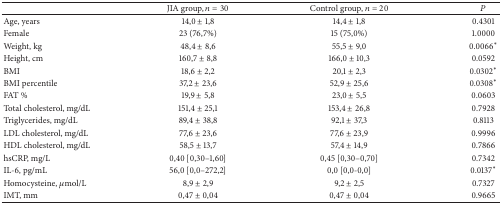
<table><thead><tr><td><b> </b></td><td><b>JIA group, <i>n</i> = 30</b></td><td><b>Control group, <i>n</i> = 20</b></td><td><b><i>P</i></b></td></tr></thead><tbody><tr><td>Age, years</td><td>14,0 ± 1,8</td><td>14,4 ± 1,8</td><td>0.4301</td></tr><tr><td>Female </td><td>23 (76,7%)</td><td>15 (75,0%)</td><td>1.0000</td></tr><tr><td>Weight, kg</td><td>48,4 ± 8,6</td><td>55,5 ± 9,0</td><td>0.0066<sup>*</sup></td></tr><tr><td>Height, cm</td><td>160,7 ± 8,8</td><td>166,0 ± 10,3</td><td>0.0592</td></tr><tr><td>BMI</td><td>18,6 ± 2,2</td><td>20,1 ± 2,3</td><td>0.0302<sup>*</sup></td></tr><tr><td>BMI percentile</td><td>37,2 ± 23,6</td><td>52,9 ± 25,6</td><td>0.0308<sup>*</sup></td></tr><tr><td>FAT %</td><td>19,9 ± 5,8</td><td>23,0 ± 5,5</td><td>0.0603</td></tr><tr><td>Total cholesterol, mg/dL</td><td>151,4 ± 25,1</td><td>153,4 ± 26,8</td><td>0.7928</td></tr><tr><td>Triglycerides, mg/dL</td><td>89,4 ± 38,8</td><td>92,1 ± 37,3</td><td>0.8113</td></tr><tr><td>LDL cholesterol, mg/dL</td><td>77,6 ± 23,6</td><td>77,6 ± 23,9</td><td>0.9996</td></tr><tr><td>HDL cholesterol, mg/dL</td><td>58,5 ± 13,7</td><td>57,4 ± 14,9</td><td>0.7866</td></tr><tr><td>hsCRP, mg/L</td><td>0,40 [0,30–1,60]</td><td>0,45 [0,30–0,70]</td><td>0.7342</td></tr><tr><td>IL-6, pg/mL</td><td>56,0 [0,0–272,2]</td><td>0,0 [0,0-0,0]</td><td>0.0137<sup>*</sup></td></tr><tr><td>Homocysteine, <i>μ</i>mol/L</td><td>8,9 ± 2,9</td><td>9,2 ± 2,5</td><td>0.7327</td></tr><tr><td>IMT, mm</td><td>0,47 ± 0,04</td><td>0,47 ± 0,04</td><td>0.9665</td></tr></tbody></table>